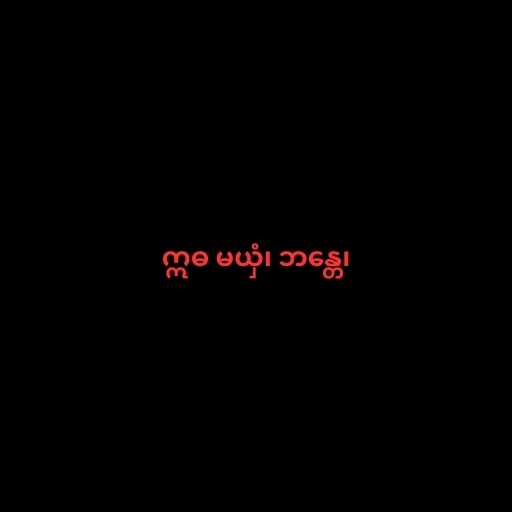
ဣဓ မယှံ၊ ဘန္တေ၊